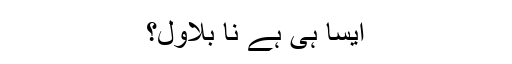
ایسا ہی ہے نا بلاول؟